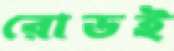
রোডই